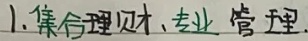
1. 集合理财、专业管理